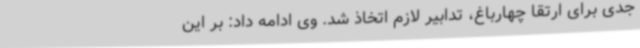
جدی برای ارتقا چهارباغ، تدابیر لازم اتخاذ شد. وی ادامه داد: بر این